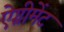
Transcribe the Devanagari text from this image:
ऐग्रीमेंट